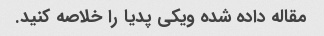
مقاله داده شده ویکی پدیا را خلاصه کنید.